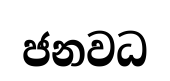
ජනවධ